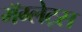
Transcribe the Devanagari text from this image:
मॅग्लेट्स